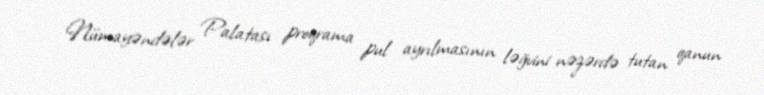
Nümayəndələr Palatası proqrama pul ayrılmasının ləğvini nəzərdə tutan qanun